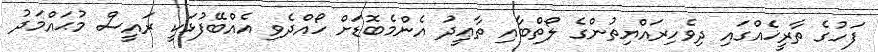
ފަހުގެ ތާރީޚެއްގައި ދިވެހިރައްޔިތުންގެ ލޯތްބާއި ތާޢީދު އެންމެބޮޑަށް ހޯއްދެވި އެއްބޭފުޅަކީ ރައީސް މުޙައްމަދު